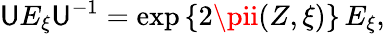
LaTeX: \mathsf{U}E_{\xi}\mathsf{U}^{-1}=\exp\left\{ 2\pii(Z,\xi)\right\} \, E_{\xi},